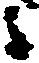
候